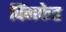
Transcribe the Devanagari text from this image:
विंगफेड